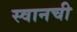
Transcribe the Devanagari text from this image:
स्वानची